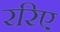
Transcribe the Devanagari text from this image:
ररिए